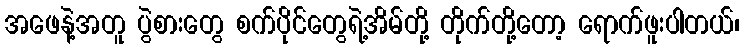
အဖေနဲ့အတူ ပွဲစားတွေ စက်ပိုင်တွေရဲ့အိမ်တို့ တိုက်တို့တော့ ရောက်ဖူးပါတယ်၊